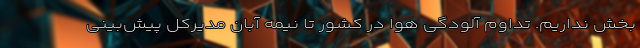
بخش نداریم. تداوم آلودگی هوا در کشور تا نیمه آبان مدیرکل پیش‌بینی